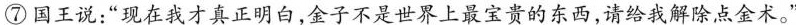
⑦国王说：”现在我才真正明白，金子不是世界上最宝贵的东西，请给我解除点金术。”